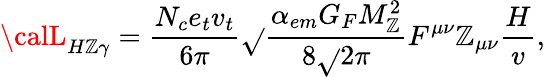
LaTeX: {\calL}_{H\mathbb{Z}\gamma}=\frac{{N_{c}e_{t}v_{t}}}{{6\pi}}\sqrt{}{{\frac{{\alpha_{em}G_{F}M_{\mathbb{Z}}^{2}}}{{8\sqrt{}{2}\pi}}}}F^{\mu\nu}\mathbb{Z}_{\mu\nu}\frac{{H}}{{v}},